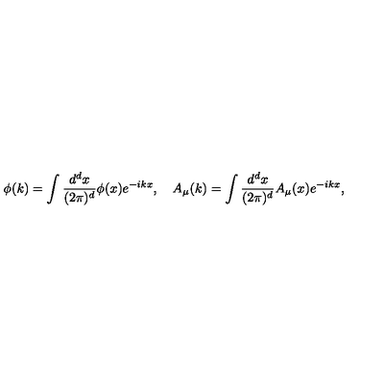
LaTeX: \phi ( k ) = \int \frac { d ^ { d } x } { ( 2 \pi ) ^ { d } } \phi ( x ) e ^ { - i k x } , \quad A _ { \mu } ( k ) = \int \frac { d ^ { d } x } { ( 2 \pi ) ^ { d } } A _ { \mu } ( x ) e ^ { - i k x } ,